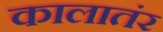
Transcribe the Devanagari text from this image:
कालातंर